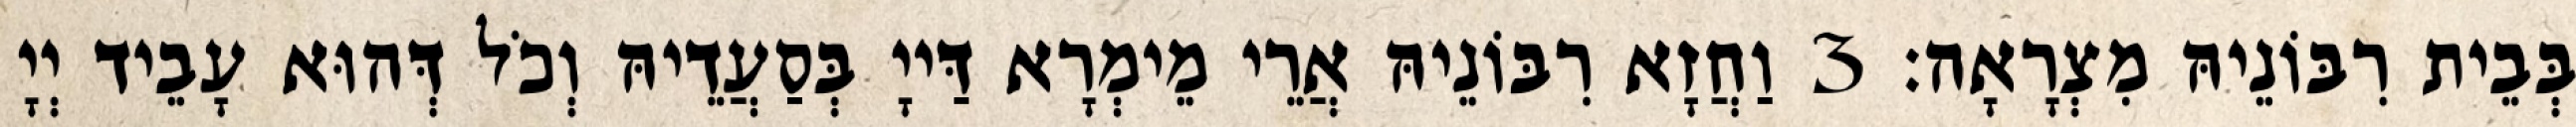
בְּבֵית רִבּוֹנֵיהּ מִצְרָאָה׃ 3 וַחֲזָא רִבּוֹנֵיהּ אֲרֵי מֵימְרָא דַּייָ בְּסַעֲדֵיהּ וְכֹל דְּהוּא עָבֵיד יְיָ